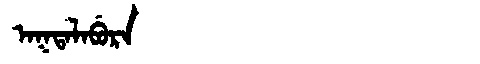
Manchu: ᠠᡴᡨᠠᠯᠠᠪᡠᡵᠠ
Romanization: AKTALABURA